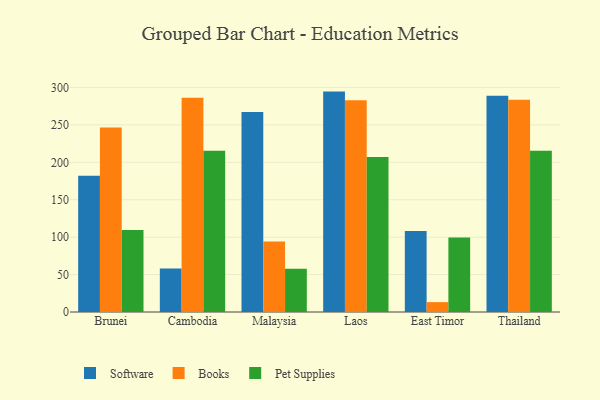
{"axis": {"x": "Country", "y": "Churn Rate (%)"}, "legend": ["Books", "Pet Supplies", "Software"], "data": [{"x": "Brunei", "y": 181.9, "type": "Software"}, {"x": "Brunei", "y": 246.6, "type": "Books"}, {"x": "Brunei", "y": 109.7, "type": "Pet Supplies"}, {"x": "Cambodia", "y": 58.0, "type": "Software"}, {"x": "Cambodia", "y": 286.2, "type": "Books"}, {"x": "Cambodia", "y": 215.6, "type": "Pet Supplies"}, {"x": "Malaysia", "y": 267.4, "type": "Software"}, {"x": "Malaysia", "y": 94.3, "type": "Books"}, {"x": "Malaysia", "y": 57.7, "type": "Pet Supplies"}, {"x": "Laos", "y": 294.5, "type": "Software"}, {"x": "Laos", "y": 282.9, "type": "Books"}, {"x": "Laos", "y": 207.1, "type": "Pet Supplies"}, {"x": "East Timor", "y": 108.1, "type": "Software"}, {"x": "East Timor", "y": 13.2, "type": "Books"}, {"x": "East Timor", "y": 99.5, "type": "Pet Supplies"}, {"x": "Thailand", "y": 289.1, "type": "Software"}, {"x": "Thailand", "y": 283.6, "type": "Books"}, {"x": "Thailand", "y": 215.4, "type": "Pet Supplies"}]}